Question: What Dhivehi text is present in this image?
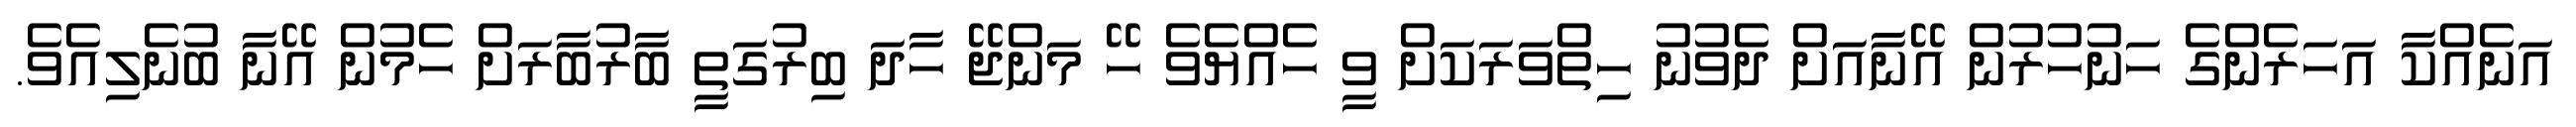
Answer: އަނެއްކާ އަހަރެންގެ ހަނުހުރުން އޭނާއަށް ދެވުނު ހިތްވަރަކަށް ވީ ހެއްޔެވެ ހޭ މަންޖޭ ހާދަ ބިރުގަތީ ބާރުބާރަށް ހެމުން އޭނާ ބުނެލިއެވެ.